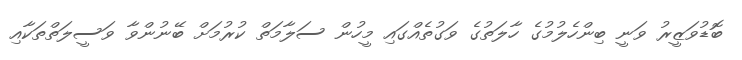
ބޮޑުވަޒީރު ވަނީ ބިންހެލުމުގެ ހާލަތުގެ ވަގުތެއްގައި މީހުން ސަލާމަތް ކުރުމަށް ބޭނުންވާ ވަސީލަތްތަކާއި